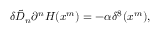
\delta \tilde { D } _ { n } \partial ^ { n } H ( x ^ { m } ) = - \alpha \delta ^ { 8 } ( x ^ { m } ) ,